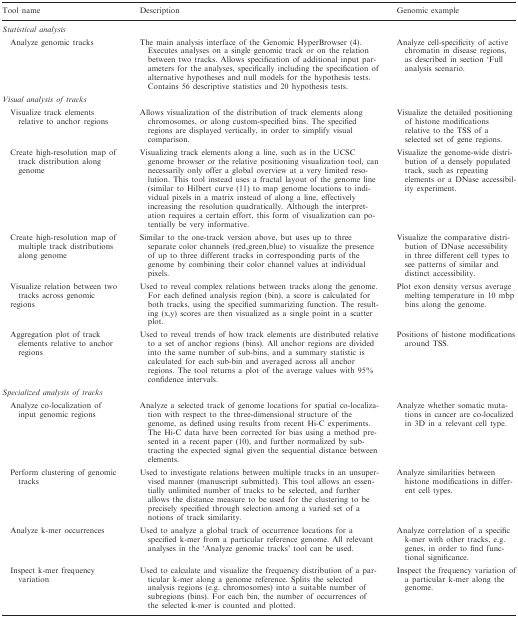
<table><thead><tr><td><b>Tool name</b></td><td><b>Description</b></td><td><b>Genomic example</b></td></tr></thead><tbody><tr><td colspan="3"><i>Statistical analysis</i></td></tr><tr><td>Analyze genomic tracks</td><td>The main analysis interface of the Genomic HyperBrowser (4). Executes analyses on a single genomic track or on the relation between two tracks. Allows specification of additional input parameters for the analyses, specifically including the specification of alternative hypotheses and null models for the hypothesis tests. Contains 56 descriptive statistics and 20 hypothesis tests.</td><td>Analyze cell-specificity of active chromatin in disease regions, as described in section ‘Full analysis scenario.</td></tr><tr><td colspan="3"><i>Visual analysis of tracks</i></td></tr><tr><td>Visualize track elements relative to anchor regions</td><td>Allows visualization of the distribution of track elements along chromosomes, or along custom-specified bins. The specified regions are displayed vertically, in order to simplify visual comparison.</td><td>Visualize the detailed positioning of histone modifications relative to the TSS of a selected set of gene regions.</td></tr><tr><td>Create high-resolution map of track distribution along genome</td><td>Visualizing track elements along a line, such as in the UCSC genome browser or the relative positioning visualization tool, can necessarily only offer a global overview at a very limited resolution. This tool instead uses a fractal layout of the genome line (similar to Hilbert curve (11) to map genome locations to individual pixels in a matrix instead of along a line, effectively increasing the resolution quadratically. Although the interpretation requires a certain effort, this form of visualization can potentially be very informative.</td><td>Visualize the genome-wide distribution of a densely populated track, such as repeating elements or a DNase accessibility experiment.</td></tr><tr><td>Create high-resolution map of multiple track distributions along genome</td><td>Similar to the one-track version above, but uses up to three separate color channels (red,green,blue) to visualize the presence of up to three different tracks in corresponding parts of the genome by combining their color channel values at individual pixels.</td><td>Visualize the comparative distribution of DNase accessibility in three different cell types to see patterns of similar and distinct accessibility.</td></tr><tr><td>Visualize relation between two tracks across genomic regions</td><td>Used to reveal complex relations between tracks along the genome. For each defined analysis region (bin), a score is calculated for both tracks, using the specified summarizing function. The resulting (x,y) scores are then visualized as a single point in a scatter plot.</td><td>Plot exon density versus average melting temperature in 10 mbp bins along the genome.</td></tr><tr><td>Aggregation plot of track elements relative to anchor regions</td><td>Used to reveal trends of how track elements are distributed relative to a set of anchor regions (bins). All anchor regions are divided into the same number of sub-bins, and a summary statistic is calculated for each sub-bin and averaged across all anchor regions. The tool returns a plot of the average values with 95% confidence intervals.</td><td>Positions of histone modifications around TSS.</td></tr><tr><td colspan="3"><i>Specialized analysis of tracks</i></td></tr><tr><td>Analyze co-localization of input genomic regions</td><td>Analyze a selected track of genome locations for spatial co-localization with respect to the three-dimensional structure of the genome, as defined using results from recent Hi-C experiments. The Hi-C data have been corrected for bias using a method presented in a recent paper (10), and further normalized by sub-tracting the expected signal given the sequential distance between elements.</td><td>Analyze whether somatic mutations in cancer are co-localized in 3D in a relevant cell type.</td></tr><tr><td>Perform clustering of genomic tracks</td><td>Used to investigate relations between multiple tracks in an unsupervised manner (manuscript submitted). This tool allows an essentially unlimited number of tracks to be selected, and further allows the distance measure to be used for the clustering to be precisely specified through selection among a varied set of a notions of track similarity.</td><td>Analyze similarities between histone modifications in different cell types.</td></tr><tr><td>Analyze k-mer occurrences</td><td>Used to analyze a global track of occurrence locations for a specified k-mer from a particular reference genome. All relevant analyses in the ‘Analyze genomic tracks’ tool can be used.</td><td>Analyze correlation of a specific k-mer with other tracks, e.g. genes, in order to find functional significance.</td></tr><tr><td>Inspect k-mer frequency variation</td><td>Used to calculate and visualize the frequency distribution of a particular k-mer along a genome reference. Splits the selected analysis regions (e.g. chromosomes) into a suitable number of subregions (bins). For each bin, the number of occurrences of the selected k-mer is counted and plotted.</td><td>Inspect the frequency variation of a particular k-mer along the genome.</td></tr></tbody></table>